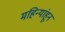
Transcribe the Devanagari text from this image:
महिन्यांहून